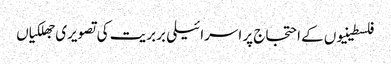
فلسطینیوں کے احتجاج پر اسرائیلی بربریت کی تصویری جھلکیاں